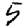
Digit: 5